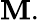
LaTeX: \mathbf{M}.